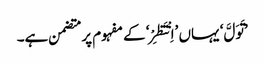
’تَوَلَّ‘ یہاں ’اِنْتَظِرْ‘ کے مفہوم پر متضمن ہے۔